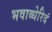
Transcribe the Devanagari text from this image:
भवाब्धेरिदं